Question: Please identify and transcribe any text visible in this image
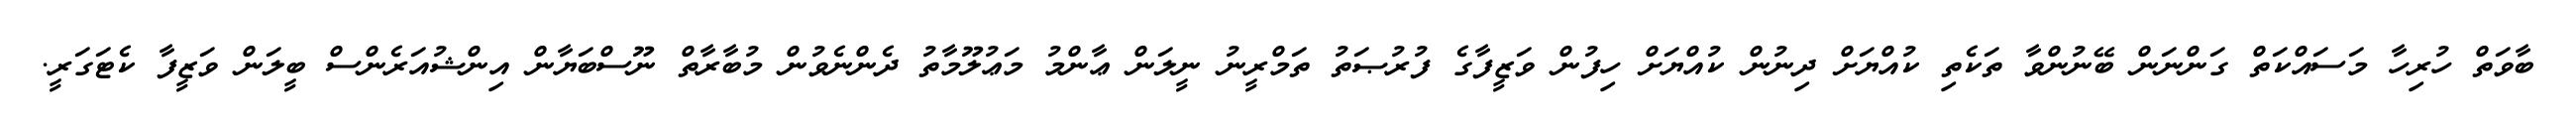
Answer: ބާވަތް ހުރިހާ މަސައްކަތް ގަންނަން ބޭނުންވާ ތަކެތި ކުއްޔަށް ދިނުން ކުއްޔަށް ހިފުން ވަޒީފާގެ ފުރުޞަތު ތަމްރީނު ނީލަން ޢާންމު މަޢުލޫމާތު ދެންނެވުން މުބާރާތް ނޫސްބަޔާން އިންޝުއަރެންސް ބީލަން ވަޒީފާ ކެޓަގަރީ.